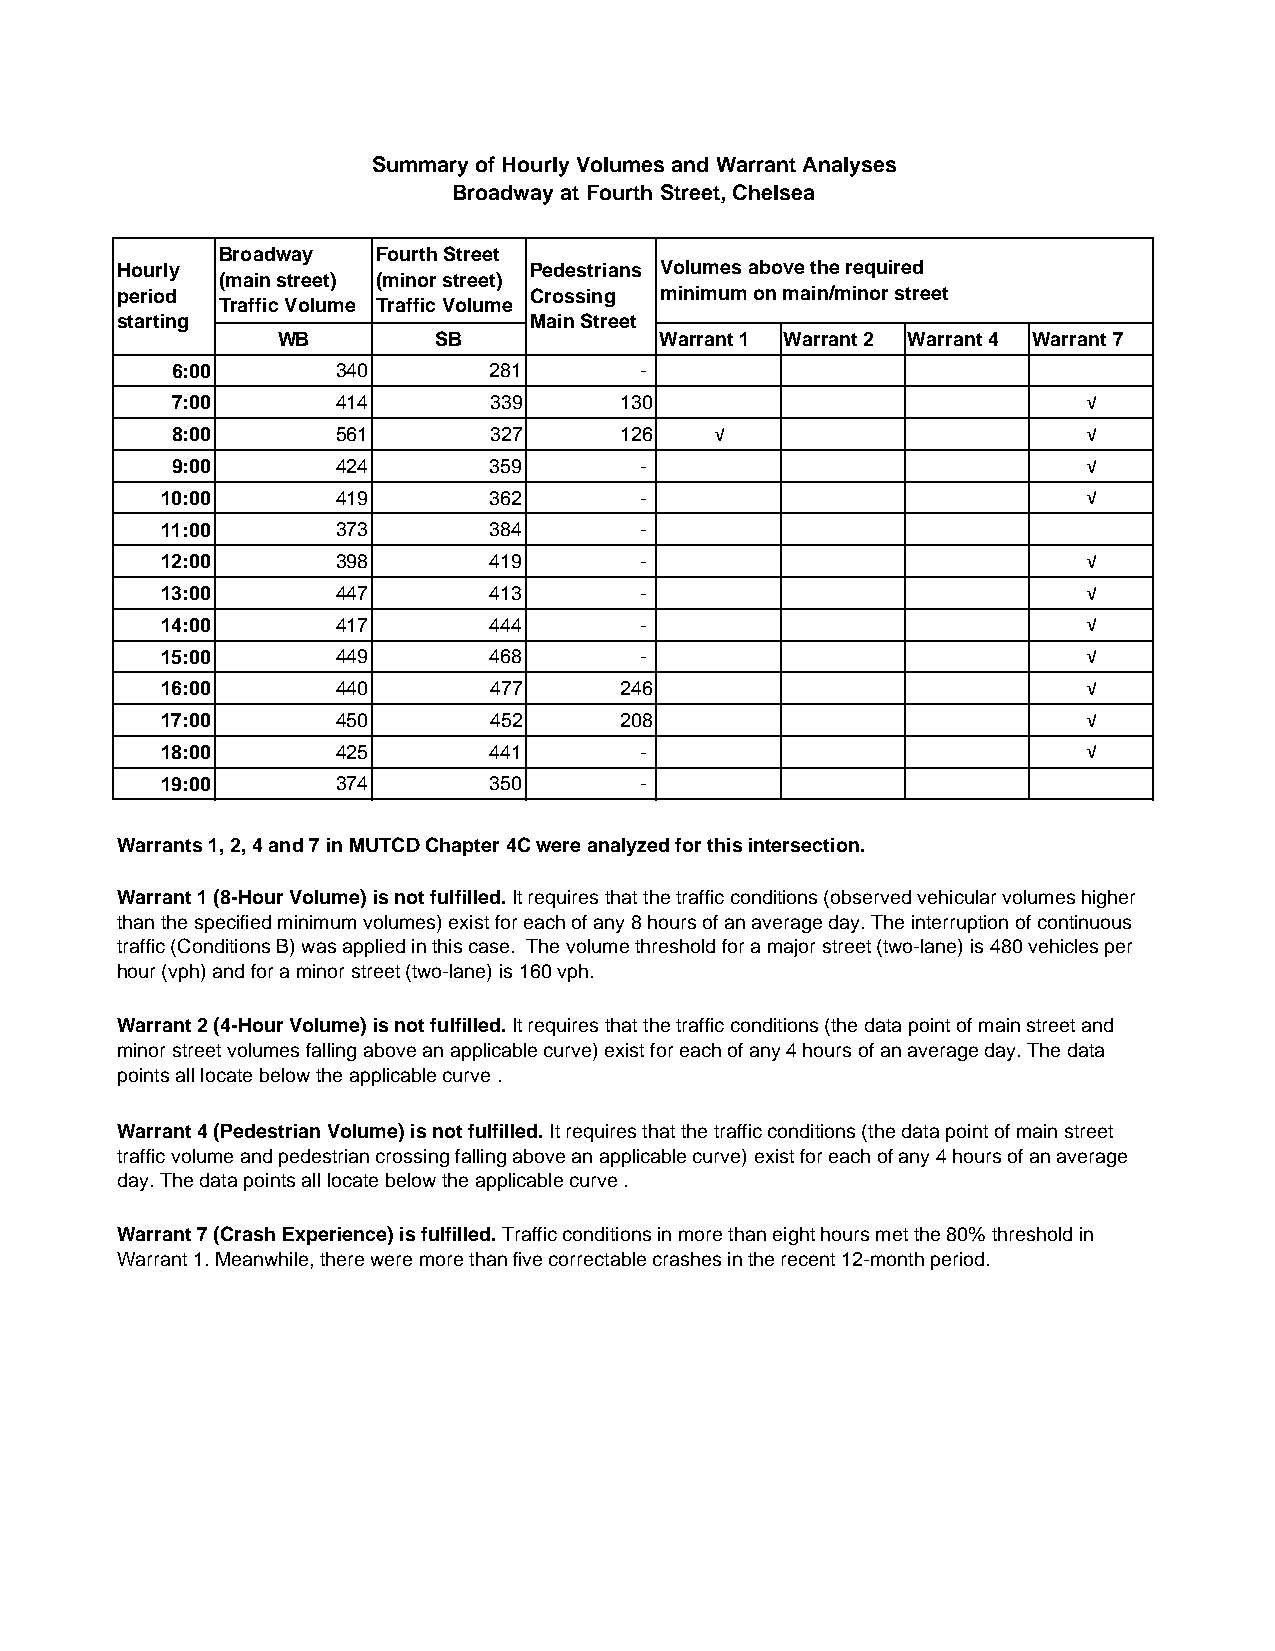
Summary of Hourly Volumes and Warrant Analyses
 Broadway at Fourth Street, Chelsea
 Broadway   Fourth Street
 Hourly                     Pedestrians Volumes above the required
 (main street) (minor street)
 period                     Crossing minimum on main/minor street
 Traffic Volume Traffic Volume
 starting                   Main Street
 WB         SB             Warrant 1 Warrant 2 Warrant 4 Warrant 7
 6:00       340       281       -
 7:00       414       339      130                            √
 8:00       561       327      126   √                        √
 9:00       424       359       -                             √
 10:00      419       362       -                             √
 11:00      373       384       -
 12:00      398       419       -                             √
 13:00      447       413       -                             √
 14:00      417       444       -                             √
 15:00      449       468       -                             √
 16:00      440       477      246                            √
 17:00      450       452      208                            √
 18:00      425       441       -                             √
 19:00      374       350       -
 Warrants 1, 2, 4 and 7 in MUTCD Chapter 4C were analyzed for this intersection.
 Warrant 1 (8-Hour Volume) is not fulfilled. It requires that the traffic conditions (observed vehicular volumes higher
 than the specified minimum volumes) exist for each of any 8 hours of an average day. The interruption of continuous
 traffic (Conditions B) was applied in this case. The volume threshold for a major street (two-lane) is 480 vehicles per
 hour (vph) and for a minor street (two-lane) is 160 vph.
 Warrant 2 (4-Hour Volume) is not fulfilled. It requires that the traffic conditions (the data point of main street and
 minor street volumes falling above an applicable curve) exist for each of any 4 hours of an average day. The data
 points all locate below the applicable curve .
 Warrant 4 (Pedestrian Volume) is not fulfilled. It requires that the traffic conditions (the data point of main street
 traffic volume and pedestrian crossing falling above an applicable curve) exist for each of any 4 hours of an average
 day. The data points all locate below the applicable curve .
 Warrant 7 (Crash Experience) is fulfilled. Traffic conditions in more than eight hours met the 80% threshold in
 Warrant 1. Meanwhile, there were more than five correctable crashes in the recent 12-month period.